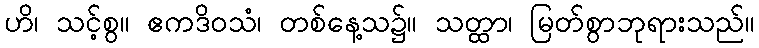
ဟိ၊ သင့်စွ။ ဧကဒိဝသံ၊ တစ်နေ့သ၌။ သတ္ထာ၊ မြတ်စွာဘုရားသည်။